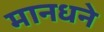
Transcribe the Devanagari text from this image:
मानधने